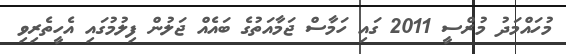
މުހައްމަދު މުރްސީ 2011 ގައި ހަމާސް ޖަމާއަތުގެ ބައެއް ޖަލުން ފިލުމުގައި އެހީތެރިވި